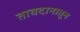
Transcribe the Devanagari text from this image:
तावदानातून